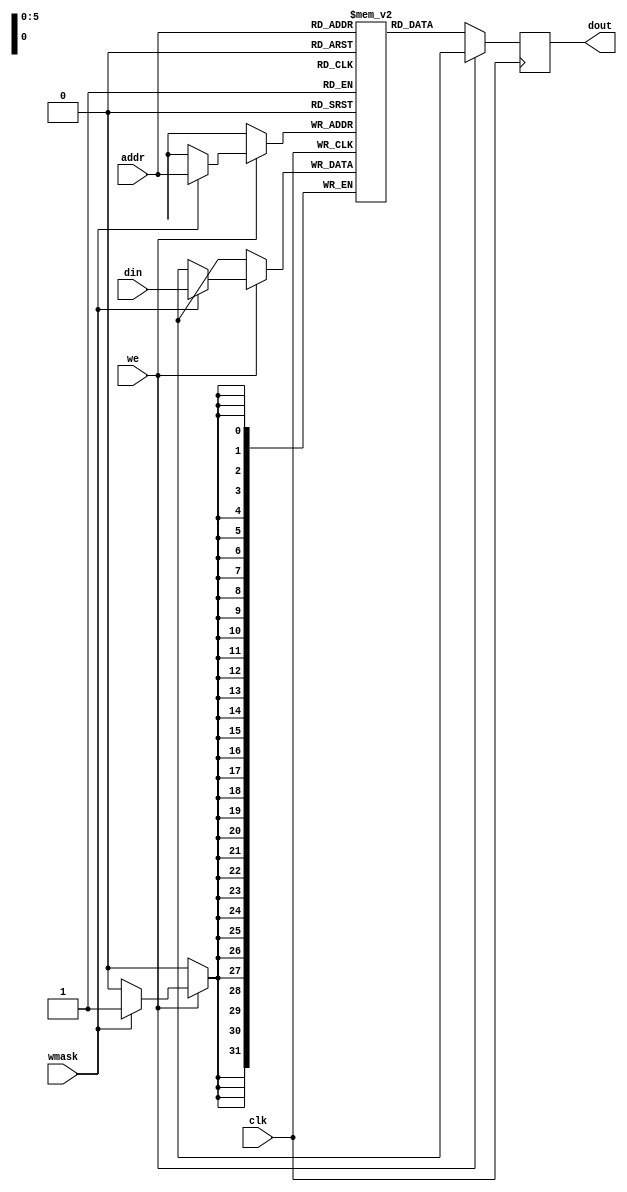
// SRAM22 SRAM model
// Words: 64
// Word size: 32
// Write size: 32

module sram22_64x32m4w32(
`ifdef USE_POWER_PINS
    vdd,
    vss,
`endif
  clk,we,wmask,addr,din,dout
  );

  // These parameters should NOT be set to
  // anything other than their defaults.
  parameter DATA_WIDTH = 32 ;
  parameter ADDR_WIDTH = 6 ;
  parameter WMASK_WIDTH = 1 ;
  parameter RAM_DEPTH = 1 << ADDR_WIDTH;

`ifdef USE_POWER_PINS
    inout vdd; // power
    inout vss; // ground
`endif
  input  clk; // clock
  input  we; // write enable
  input [WMASK_WIDTH-1:0] wmask; // write mask
  input [ADDR_WIDTH-1:0]  addr; // address
  input [DATA_WIDTH-1:0]  din; // data in
  output reg [DATA_WIDTH-1:0] dout; // data out
  

  reg [DATA_WIDTH-1:0] mem [0:RAM_DEPTH-1];

  // Fill memory with zeros.
  // For simulation only. The real SRAM
  // may not be initialized to all zeros.
  integer i;
  initial begin
    for (i = 0 ; i < RAM_DEPTH ; i = i + 1)
    begin
      mem[i] = {DATA_WIDTH{1'b0}};
    end
  end

  always @(posedge clk)
  begin
    // Write
    if (we) begin
        if (wmask[0]) begin
          mem[addr][31:0] <= din[31:0];
        end

      // Output is arbitrary when writing to SRAM
      dout <= {DATA_WIDTH{1'bx}};
    end

    // Read
    if (!we) begin
      dout <= mem[addr];
    end
  end

endmodule